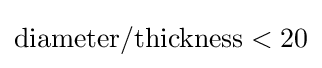
{\text{diameter}}/{\text{thickness}}<20